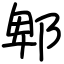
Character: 郫